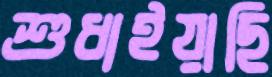
শুধাইয়াছি